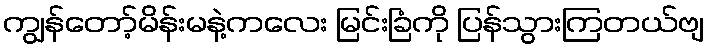
ကျွန်တော့်မိန်းမနဲ့ကလေး မြင်းခြံကို ပြန်သွားကြတယ်ဗျ